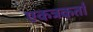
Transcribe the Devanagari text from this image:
एकत्रकर्ता